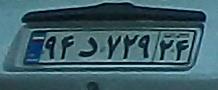
۹۴د۷۲۹۲۴